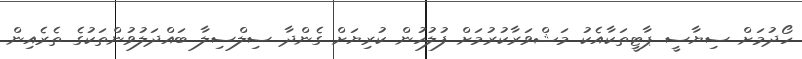
ހޯދުމަށް ސިޔާސީ ޕާޓީތަކާއެކު މަޝްވަރާކުރުމަށް ފުލުހުން ކުރިޔަށް ގެންދާ ސިލްސިލާ ބައްދަލުވުންތަކުގެ ތެރެއިން